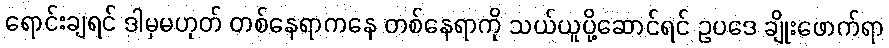
ရောင်းချရင် ဒါမှမဟုတ် တစ်နေရာကနေ တစ်နေရာကို သယ်ယူပို့ဆောင်ရင် ဥပဒေ ချိုးဖောက်ရာ